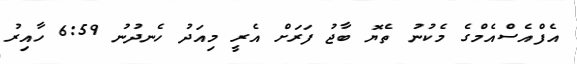
އެފްއެސްއެމްގެ މެކުނު ތެޔޮ ބާޖު ފަރަށް އެރީ މިއަދު ހެނދުނު 6:59 ހާއިރު